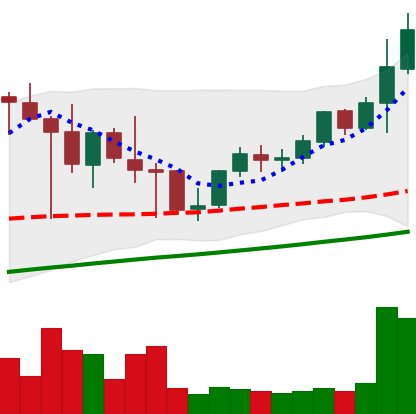
Ticker: LINK-USD
Chart end date: 2021-05-05
Forward return: -5.99%
Label: down_5_7